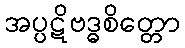
အပ္ပဋိဗဒ္ဓစိတ္တော